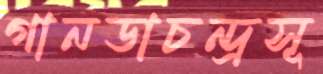
গানডাচন্দ্রসূ